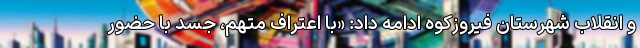
و انقلاب شهرستان فیروزکوه ادامه داد: «با اعتراف متهم، جسد با حضور